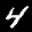
Label: 4